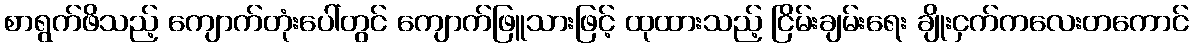
စာရွက်ဖိသည့် ကျောက်တုံးပေါ်တွင် ကျောက်ဖြူသားဖြင့် ထုထားသည့် ငြိမ်းချမ်းရေး ချိုးငှက်ကလေးတကောင်